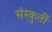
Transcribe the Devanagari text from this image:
संस्कुर्ती